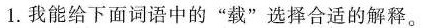
1.我能给下面词语中的”载”选择合适的解释。